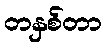
တနှစ်တာ